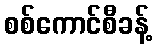
စစ်ကောင်စီခန့်